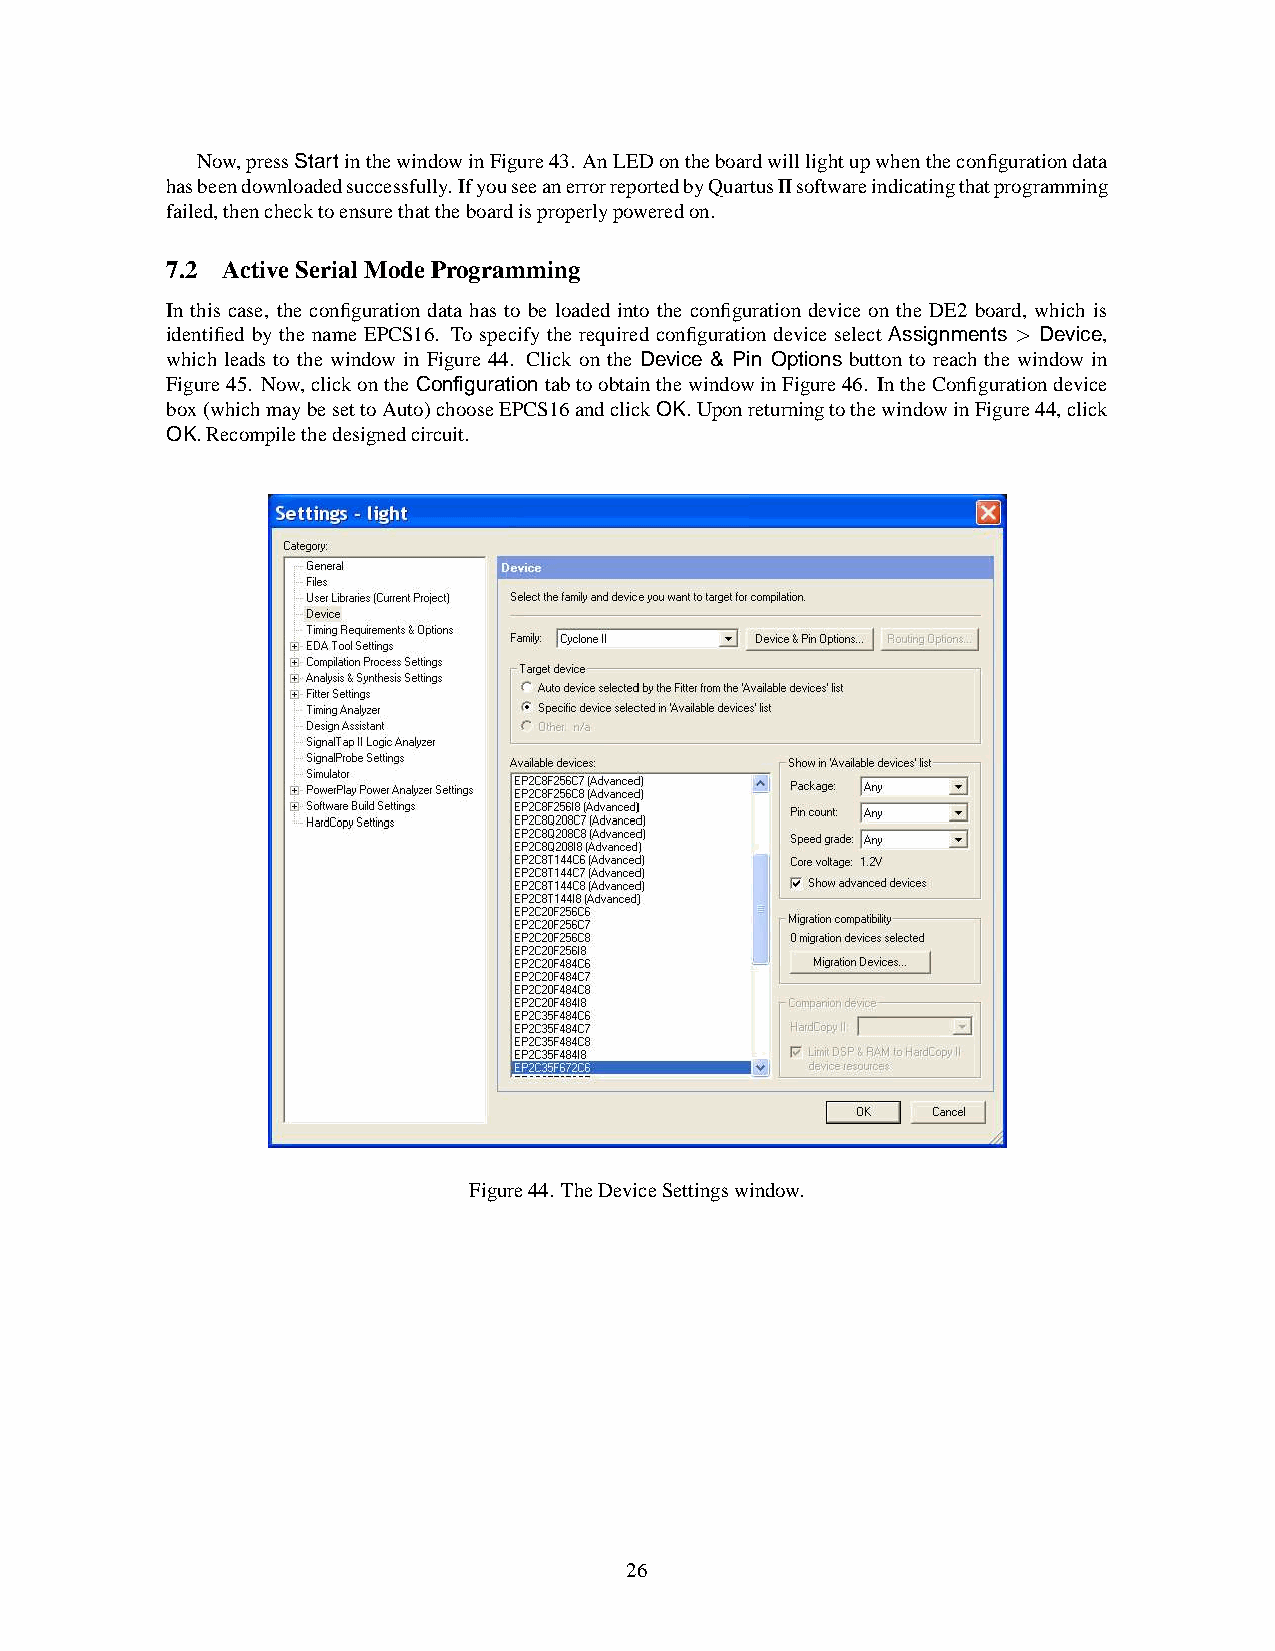
Now,pressStartinthewindowinFigure43. AnLEDontheboardwilllightupwhentheconfigurationdata
 hasbeendownloadedsuccessfully.IfyouseeanerrorreportedbyQuartusIIsoftwareindicatingthatprogramming
 failed,thenchecktoensurethattheboardisproperlypoweredon.
 7.2 ActiveSerial ModeProgramming
 In this case, the configuration data has to be loaded into the configuration device on the DE2 board, which is
 identified by the name EPCS16. To specify the required configuration device select Assignments > Device,
 which leads to the window in Figure 44. Click on the Device & Pin Options button to reach the window in
 Figure45. Now,clickontheConfigurationtabtoobtainthewindowinFigure46. IntheConfigurationdevice
 box(whichmaybesettoAuto)chooseEPCS16andclickOK.UponreturningtothewindowinFigure44,click
 OK.Recompilethedesignedcircuit.
 Figure44. TheDeviceSettingswindow.
 26